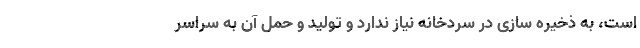
است، به ذخیره سازی در سردخانه نیاز ندارد و تولید و حمل آن به سراسر